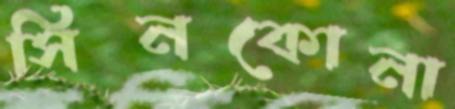
সিনকোনা